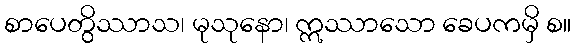
စာပေတွိဿာသ၊ မုသုနော၊ ဣဿာသော ခေပကမှိ စ။